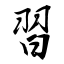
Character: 習